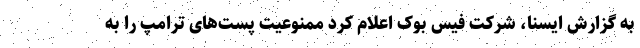
به گزارش ایسنا، شرکت فیس بوک اعلام کرد ممنوعیت پست‌های ترامپ را به